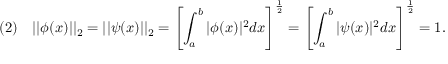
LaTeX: ( 2 ) \quad | | \phi ( x ) | | _ { 2 } = | | \psi ( x ) | | _ { 2 } = \left[ \int _ { a } ^ { b } | \phi ( x ) | ^ { 2 } d x \right] ^ { \frac { 1 } { 2 } } = \left[ \int _ { a } ^ { b } | \psi ( x ) | ^ { 2 } d x \right] ^ { \frac { 1 } { 2 } } = 1 .